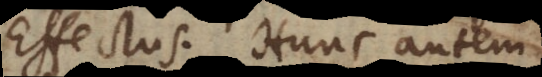
Effectus. Hunc autem